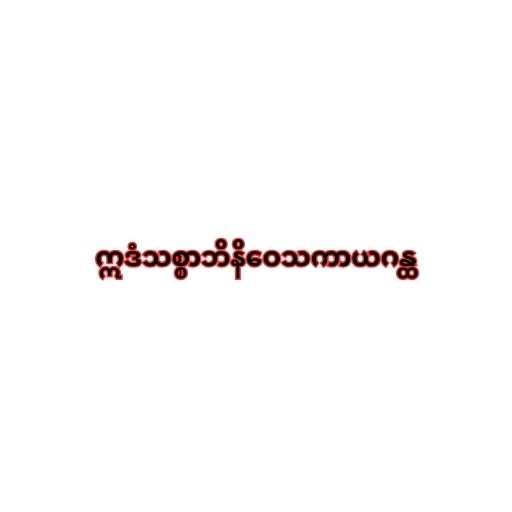
ဣဒံသစ္စာဘိနိဝေသကာယဂန္ထ